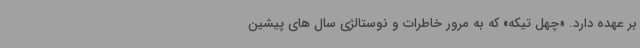
بر عهده دارد. «چهل تیکه» که به مرور خاطرات و نوستالژی سال های پیشین